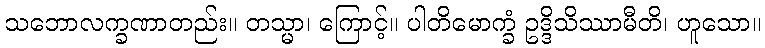
သဘောလက္ခဏာတည်း။ တသ္မာ၊ ကြောင့်။ ပါတိမောက္ခံ ဥဒ္ဒိသိဿာမီတိ၊ ဟူသော။